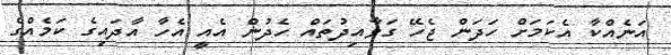
އަނެއްކާ އެކަމަށް ހަދަން ޖެހޭ ގަވާއިދުތައް ހެދުން އެއީ އެހާ އާދައިގެ ކަމެއްގެ